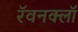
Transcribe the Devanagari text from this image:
रॅवनक्लॉ